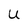
Character: U